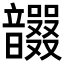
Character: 𩑇